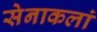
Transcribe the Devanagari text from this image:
सेनाकलां